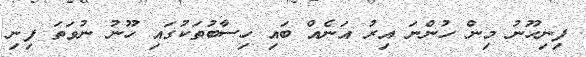
ފިނިހޫނު މިން ހުންނަ އިރު އަނެއް ބައި ހިސާބުތަކުގައި ހޫނު ނުވަތަ ފިނި